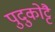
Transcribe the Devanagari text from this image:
पुदुकोट्टै